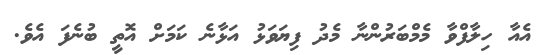
އެއާ ހިލާފްވާ މެމްބަރުންނާ މެދު ފިޔަވަޅު އަޅާނެ ކަމަށް އޮތީ ބުނެފަ އެވެ.